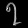
Digit: ၇